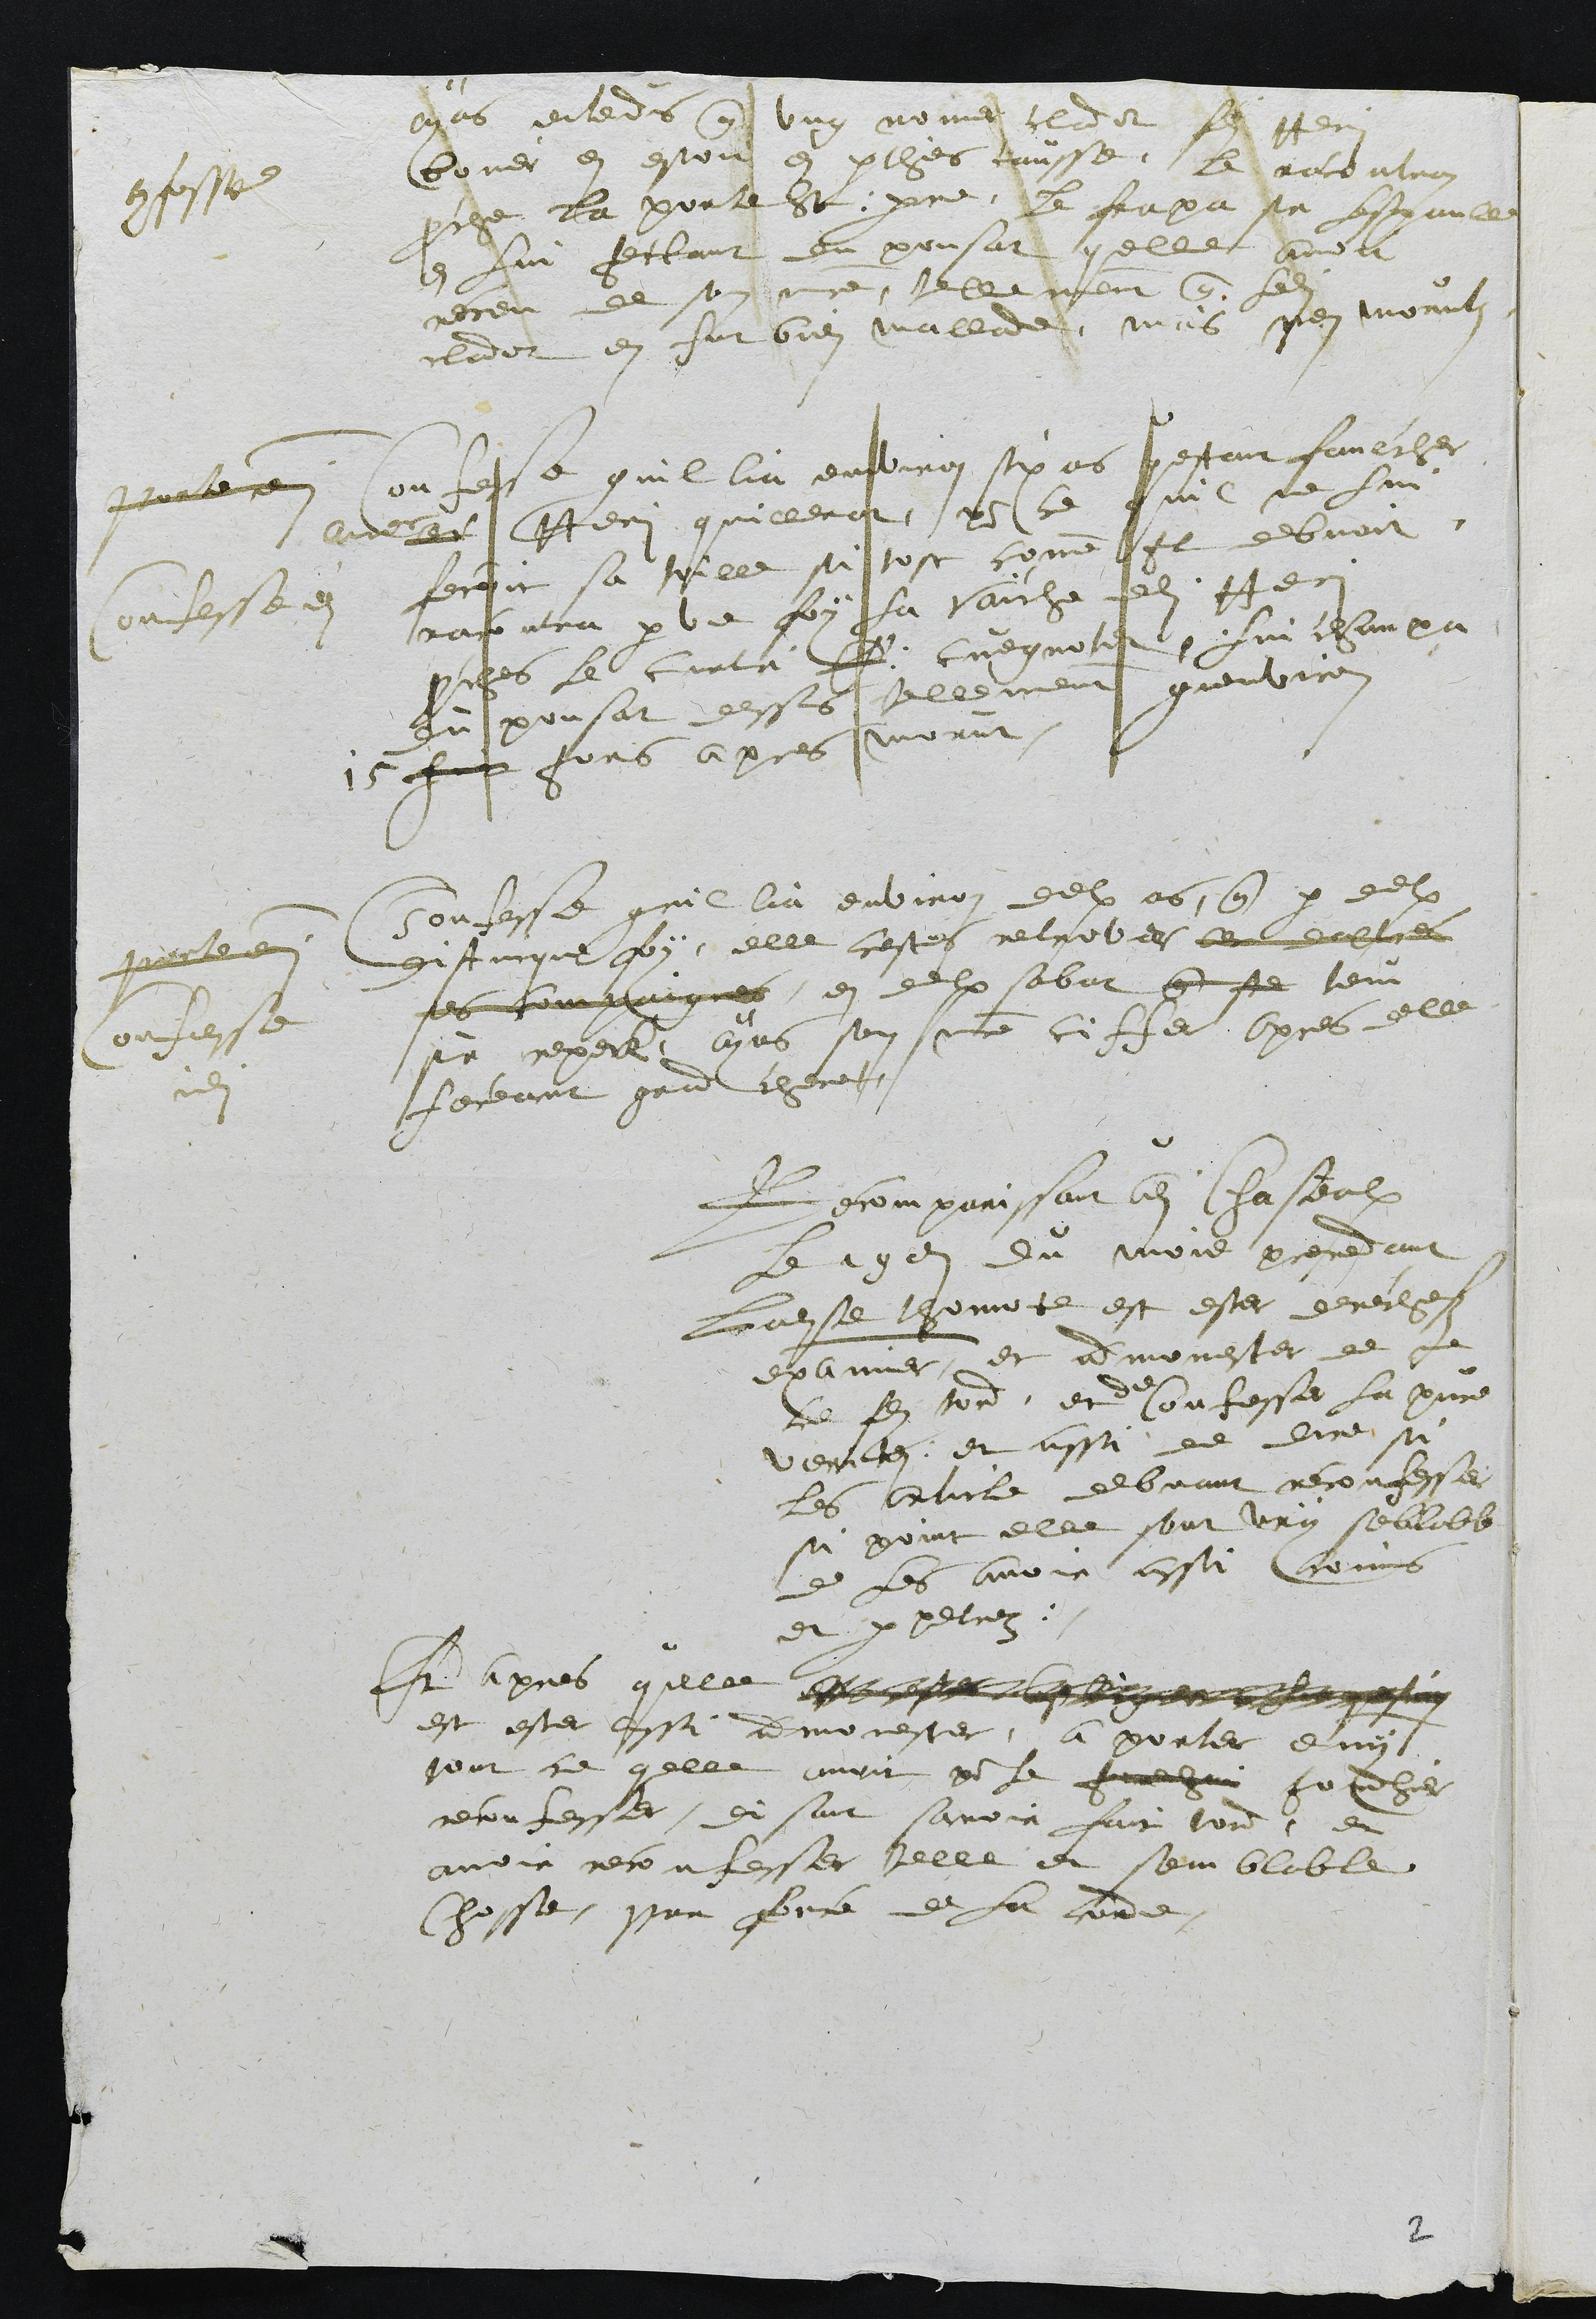
confesse
ayans entendus que ung nomer cladot fils Henri
boner en estoit en parthies causse, le racontran
proche la porte St: Pierre le frapa sur lespaule
en lui jettant du pousat quelle avoit
receu de son maitre, tellement que ledit
cladot en fut bien mallade, mais nen morutz
pourte emi
Confesse
Confesse quil lia environ six ans sestant faulcher
avec av Henri quillerat, pour ce quil ne lui
fecoit sa toille si tost comme Il debvoit
racontra par une foy la vaiche dudit Henri
proches le curti F: cuegnotet, lui champa
du pousat dessus tellement quenviron
15 huit jors apres morut.
porte emi
Confesse
indi
Confesse quil lia environ deulx ans, que par deulx
distincque foy, elle cestes retrover avec daultres
ses compaignes en deulx sabat que se tenu
sur reperk, ayans son maitre ciffer apres delle
feceant grand chere
Recomparissant audit Chasteaulx
Le 19e du mois precedant
Ladite thonotte est ester derechefz
examiner, et admonester de ne
ce faire tord, et de confesse la pure
veritez, et aussi de dire si
les article debvant reconfesser
si point elle sont vray semblable
de les avoir aussi commis
et perpetrez
Et apres quelle
est ester aussi admonester, a porter emy
pour ce quelle avoit pour le forchier
reconfesser, disant savoir fait tord, et
avoir reconfesser telle et semblable
chosse, par force de la corde,

2